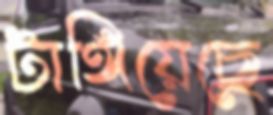
টাঙ্গিয়েছে